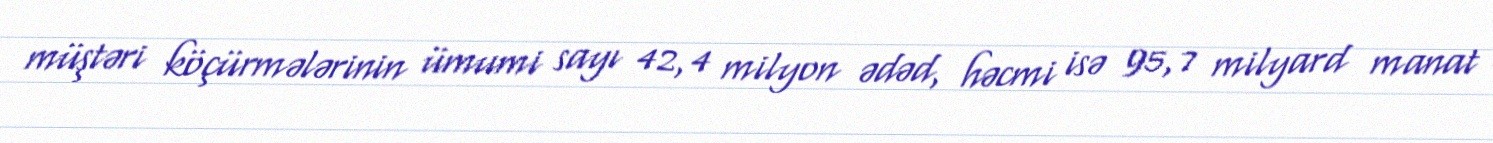
müştəri köçürmələrinin ümumi sayı 42,4 milyon ədəd, həcmi isə 95,7 milyard manat